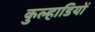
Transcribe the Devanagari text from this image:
कुल्हाडियों